Report of the Lahore Medical School Hospital
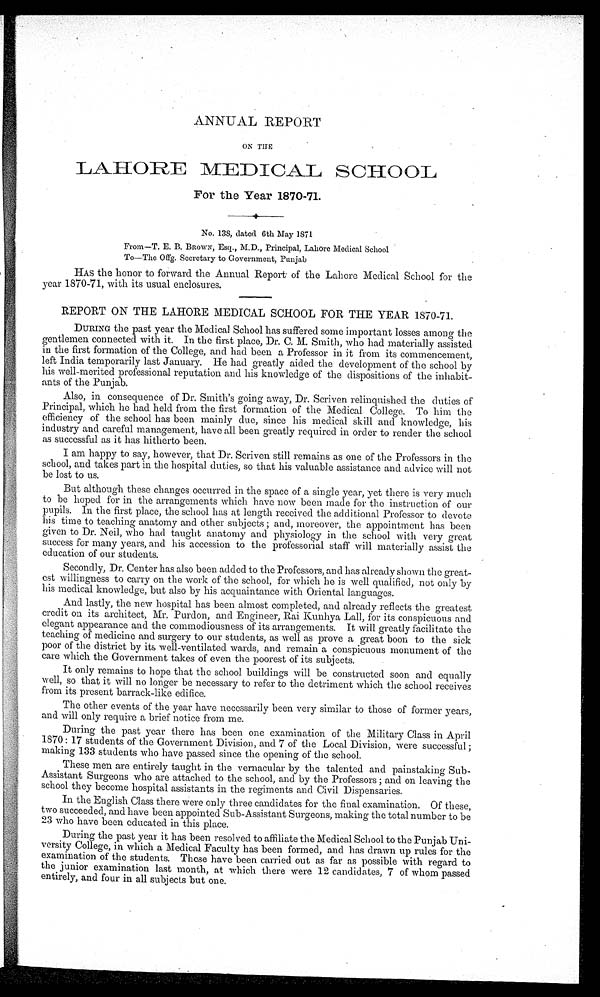
ANNUAL REPORT
ON THE
LAHORE MEDICAL SCHOOL
For the Year 1870-71.
No. 138, dated 6th May 1871
From—T. E. B. BROWN, Esq., M.D., Principal, Lahore Medical School
To—The Offg. Secretary to Government, Punjab
HAS the honor to forward the Annual Report of the Lahore Medical School for the
year 1870-71, with its usual enclosures.
REPORT ON THE LAHORE MEDICAL SCHOOL FOR THE YEAR 1870-71.
DURING the past year the Medical School has suffered some important losses among the
gentlemen connected with it. In the first place, Dr. C. M. Smith, who had materially assisted
in the first formation of the College, and had been a Professor in it from its commencement,
left India temporarily last January. He had greatly aided the development of the school by
his well-merited professional reputation and his knowledge of the dispositions of the inhabit-
ants of the Punjab.
Also, in consequence of Dr. Smith's going away, Dr. Scriven relinquished the duties of
Principal, which he had held from the first formation of the Medical College. To him the
efficiency of the school has been mainly due, since his medical skill and knowledge, his
industry and careful management, have all been greatly required in order to render the school
as successful as it has hitherto been.
I am happy to say, however, that Dr. Scriven still remains as one of the Professors in the
school, and takes part in the hospital duties, so that his valuable assistance and advice will not
be lost to us.
But although these changes occurred in the space of a single year, yet there is very much.
to be hoped for in the arrangements which have now been made for the instruction of our
pupils. In the first place, the school has at length received the additional Professor to devote
his time to teaching anatomy and other subjects; and, moreover, the appointment has been
given to Dr. Neil, who had taught anatomy and physiology in the school with very great
success for many years, and his accession to the professorial staff will materially assist the
education of our students.
Secondly, Dr. Center has also been added to the Professors, and has already shown the great-
est willingness to carry on the work of the school, for which he is well qualified, not only by
his medical knowledge, but also by his acquaintance with Oriental languages.
And lastly, the new hospital has been almost completed, and already reflects the greatest
credit on its architect, Mr. Purdon, and Engineer, Rai Kunhya Lall, for its conspicuous and
elegant appearance and the commodiousness of its arrangements. It will greatly facilitate the
teaching of medicine and surgery to our students, as well as prove a great boon to the sick
poor of the district by its well-ventilated wards, and remain a conspicuous monument of the
care which the Government takes of even the poorest of its subjects.
It only remains to hope that the school buildings will be constructed soon and equally
well, so that it will no longer be necessary to refer to the detriment which the school receives
from its present barrack-like edifice.
The other events of the year have necessarily been very similar to those of former years,
and will only require a brief notice from me.
During the past year there has been one examination of the Military Class in April
1870: 17 students of the Government Division, and 7 of the Local Division, were successful;
making 133 students who have passed since the opening of the school.
These men are entirely taught in the vernacular by the talented and painstaking Sub--
Assistant Surgeons who are attached to the school, and by the Professors; and on leaving the
school they become hospital assistants in the regiments and Civil Dispensaries.
In the English Class there were only three candidates for the final examination. Of these,
two succeeded, and have been appointed Sub-Assistant Surgeons, making the total number to be
23 who have been educated in this place.
During the past year it has been resolved to affiliate the Medical School to the Punjab Uni-
versity College, in which a Medical Faculty has been formed, and has drawn up rules for the
examination of the students. These have been carried out as far as possible with regard to
the junior examination last month, at which there were 12 candidates, 7 of whom passed
entirely, and four in all subjects but one.